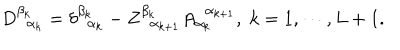
D _ { \; \; \alpha _ { k } } ^ { \beta _ { k } } = \delta _ { \; \; \alpha _ { k } } ^ { \beta _ { k } } - Z _ { \; \; \alpha _ { k + 1 } } ^ { \beta _ { k } } A _ { \alpha _ { k } } ^ { \; \; \alpha _ { k + 1 } } , \; k = 1 , \cdots , L + 1 .